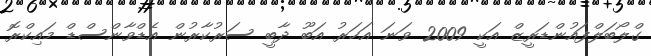
ގްލޯބަލްފައުންޑަރީޒް އަކީ 2009 ވަނަ އަހަރު އަބޫ ދާބީ ސަރުކާރުން އެޑްވާންސްޑް މައިކްރޮ